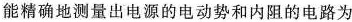
能精确地测量出电源的电动势和内阻的电路为